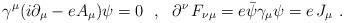
LaTeX: \begin{align*}\gamma^\mu(i\partial_\mu-eA_\mu)\psi=0\ \ ,\ \ \partial^\nu\,F_{\nu\mu}=e\bar{\psi}\gamma_\mu\psi=e\,J_\mu\ .\end{align*}